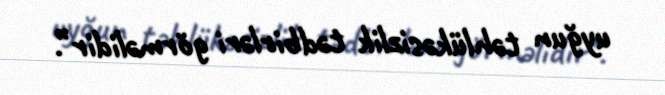
uyğun təhlükəsizlik tədbirləri görməlidir”.